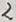
Text: 2